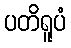
ပတိရူပံ